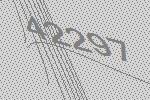
42297